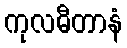
ကုလဓီတာနံ